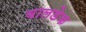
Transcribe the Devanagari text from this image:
वालडेक